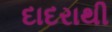
દાદરાથી